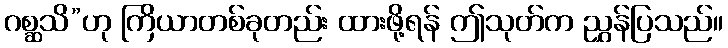
ဂစ္ဆသိ”ဟု ကြိယာတစ်ခုတည်း ထားဖို့ရန် ဤသုတ်က ညွှန်ပြသည်။